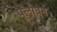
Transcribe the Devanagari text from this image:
प्‍लावन